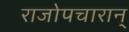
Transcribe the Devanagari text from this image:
राजोपचारान्